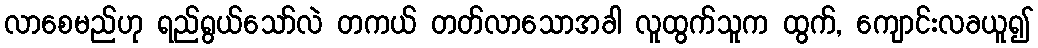
လာစေမည်ဟု ရည်ရွယ်သော်လဲ တကယ် တတ်လာသောအခါ လူထွက်သူက ထွက်, ကျောင်းလခယူ၍